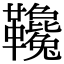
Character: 䪌